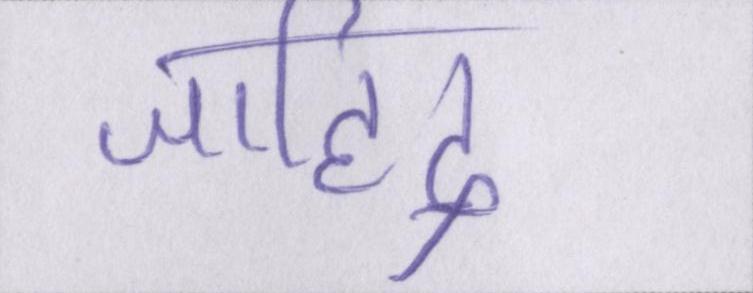
जाहिद